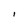
Character: l